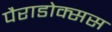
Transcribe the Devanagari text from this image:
पैराडोक्सस